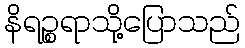
နိရဉ္စရာသို့ပြောသည်